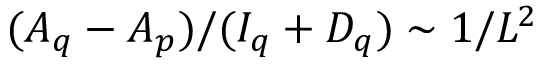
( A _ { q } - A _ { p } ) / ( I _ { q } + D _ { q } ) \sim 1 / L ^ { 2 }